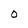
Character: O